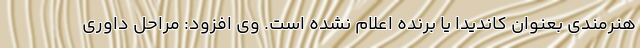
هنرمندی بعنوان کاندیدا یا برنده اعلام نشده است. وی افزود: مراحل داوری